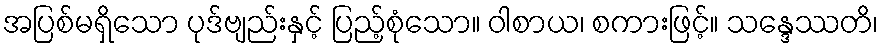
အပြစ်မရှိသော ပုဒ်ဗျည်းနှင့် ပြည့်စုံသော။ ဝါစာယ၊ စကားဖြင့်။ သန္ဒေဿတိ၊